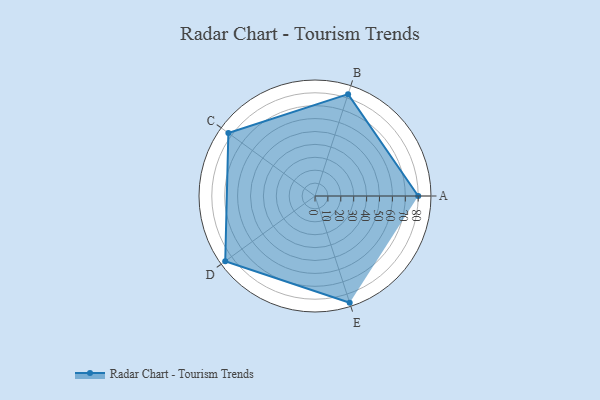
{"axis": {"x": "Skill", "y": "Score"}, "legend": ["Profile"], "data": [{"x": "A", "y": 80.0, "type": "Profile"}, {"x": "B", "y": 83.0, "type": "Profile"}, {"x": "C", "y": 83.0, "type": "Profile"}, {"x": "D", "y": 86.0, "type": "Profile"}, {"x": "E", "y": 87.0, "type": "Profile"}]}